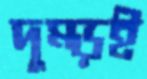
দুম্‌ড়ই